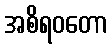
အစိရဝတော